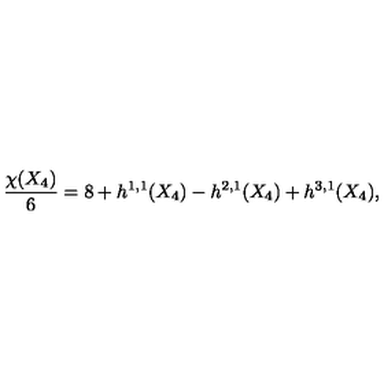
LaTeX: { \frac { \chi ( X _ { 4 } ) } { 6 } } = 8 + h ^ { 1 , 1 } ( X _ { 4 } ) - h ^ { 2 , 1 } ( X _ { 4 } ) + h ^ { 3 , 1 } ( X _ { 4 } ) ,